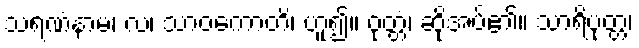
သရဏံနာမ၊ လ၊ သာဝကောတိ၊ ဟူ၍။ ဝုတ္တံ၊ ဆိုအပ်၏။ သာရိပုတ္တ၊